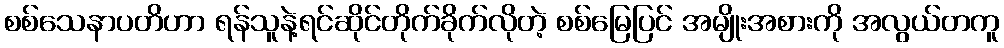
စစ်သေနာပတိဟာ ရန်သူနဲ့ရင်ဆိုင်တိုက်ခိုက်လိုတဲ့ စစ်မြေပြင် အမျိုးအစားကို အလွယ်တကူ